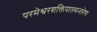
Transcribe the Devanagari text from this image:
परमेश्वरशक्तिपातमन्तरेण